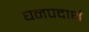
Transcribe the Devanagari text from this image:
घनपदार्थ